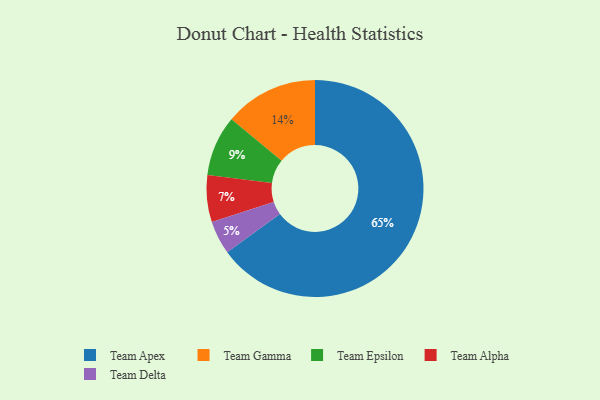
{"axis": {"x": "Category", "y": "Percentage"}, "legend": ["Team Alpha", "Team Apex", "Team Delta", "Team Epsilon", "Team Gamma"], "data": [{"x": "Team Apex", "y": 65, "type": "Team Apex"}, {"x": "Team Epsilon", "y": 9, "type": "Team Epsilon"}, {"x": "Team Delta", "y": 5, "type": "Team Delta"}, {"x": "Team Alpha", "y": 7, "type": "Team Alpha"}, {"x": "Team Gamma", "y": 14, "type": "Team Gamma"}]}